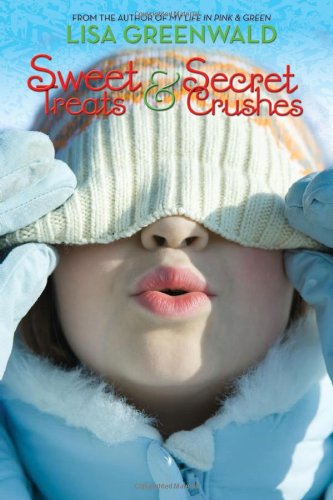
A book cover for Sweet Treats & Secret Crushes; Lisa Greenwald; Children's Books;